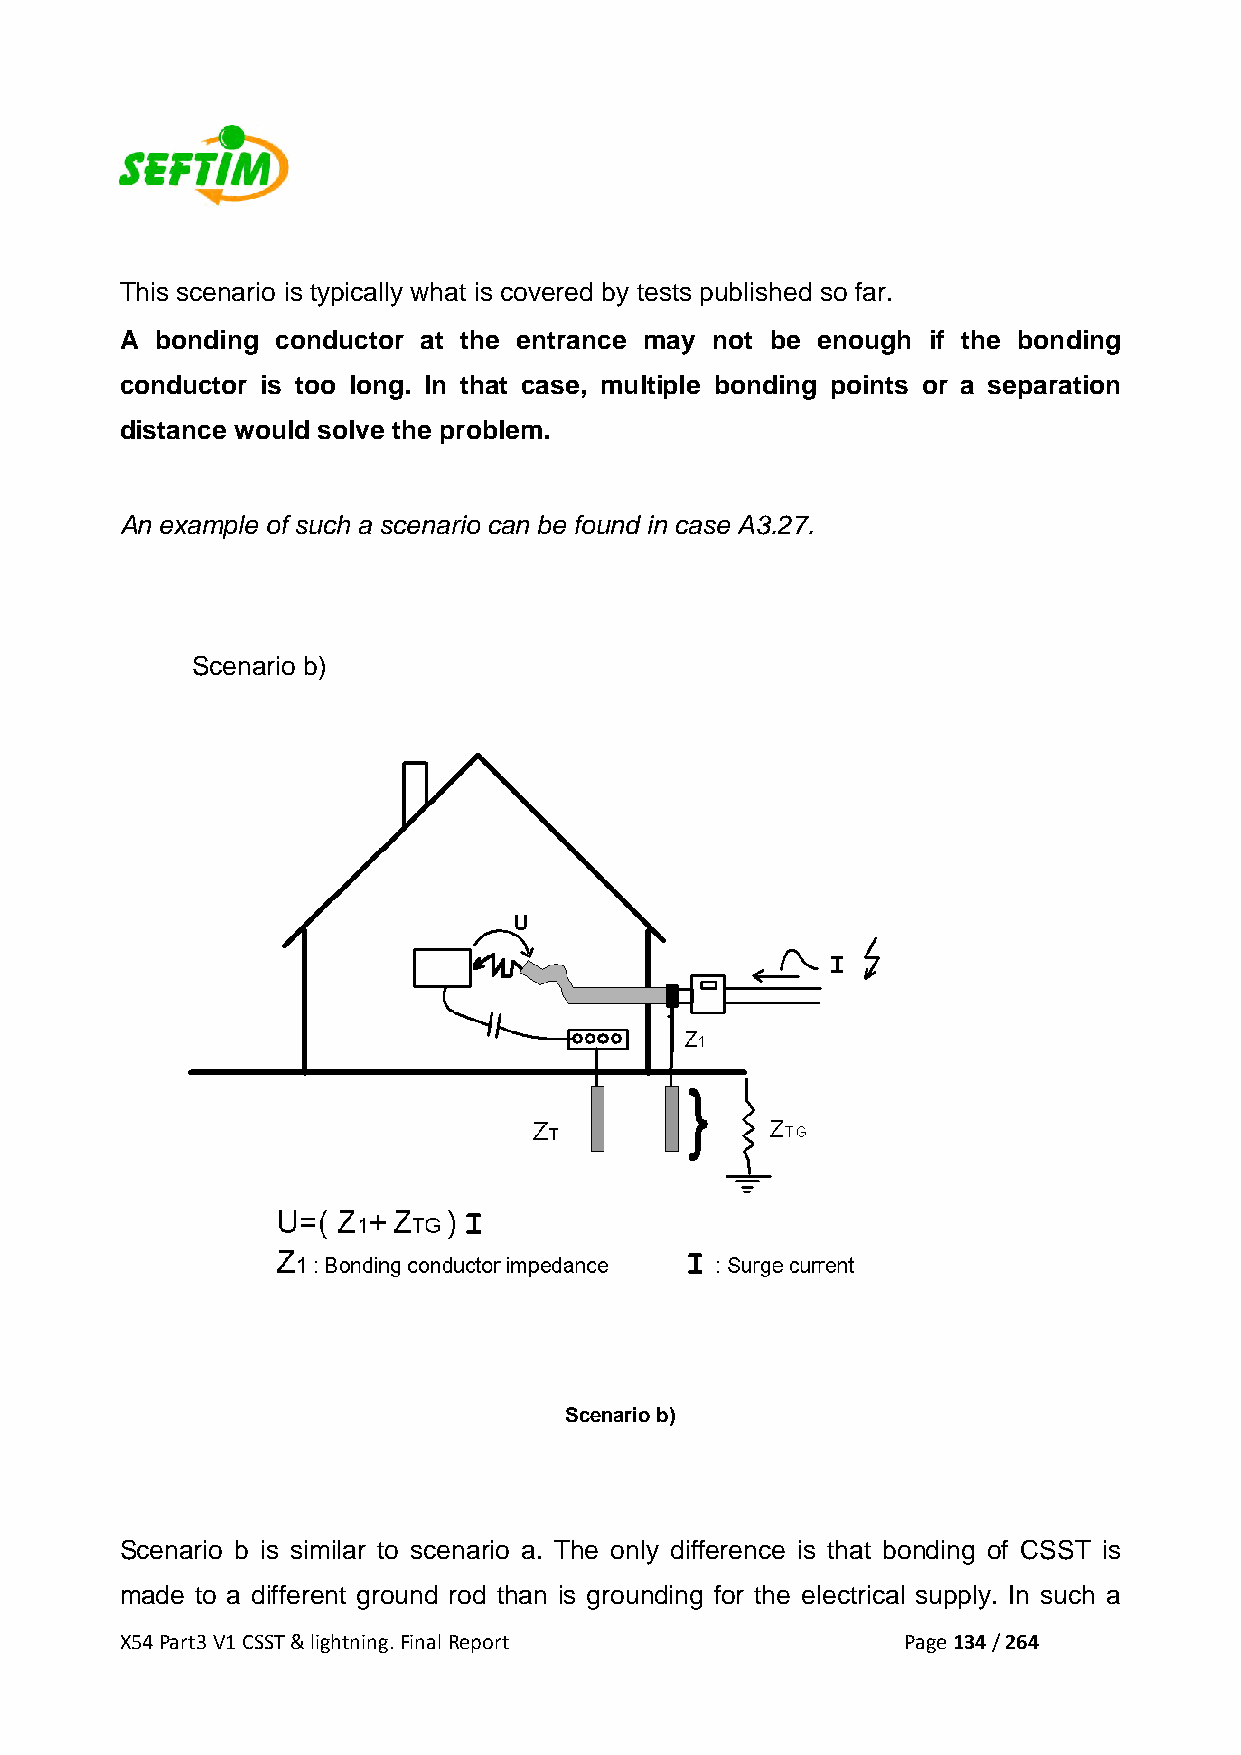
This scenario is typically what is covered by tests published so far.
 A bonding conductor at the entrance may not be enough if the bonding
 conductor is too long. In that case, multiple bonding points or a separation
 distance would solve the problem.
 An example of such a scenario can be found in case A3.27.
 Scenario b)
 Scenario b)
 Scenario b is similar to scenario a. The only difference is that bonding of CSST is
 made to a different ground rod than is grounding for the electrical supply. In such a
 X54 Part3 V1 CSST & lightning. Final Report         Page 134 / 264